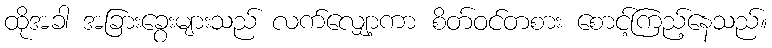
ထိုအခါ အခြားခွေးများသည် လက်လျှော့ကာ စိတ်ဝင်တစား စောင့်ကြည့်နေသည်။